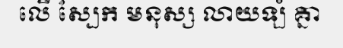
លើ ស្បែក មនុស្ស លាយឡំ គ្នា